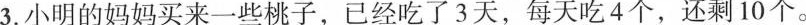
3.小明的妈妈买来一些桃子，已经吃了3天，每天吃4个，还剩10个。